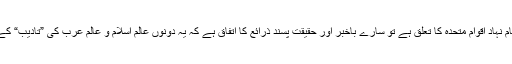
جہاں تک سلامتی کونسل اور نام نہاد اقوامِ متحدہ کا تعلق ہے تو سارے باخبر اور حقیقت پسند ذرائع کا اتفاق ہے کہ یہ دونوں عالم اِسلام و عالمِ عرب کی ”تادیب“ کے لیے امریکہ کی کٹھ پتلی ہیں۔